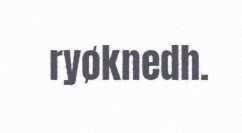
ryøknedh.